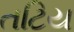
તટિય